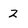
Character: 2